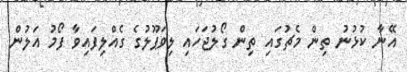
އޭނާ ކުޅުނު ތިން މެޗުގައި ތިން ގޯލުޖަހައި ލިވަޕޫލުގެ ގެއްލިފައިވާ ފޯމު އަލުން